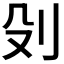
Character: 𠚹